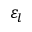
\varepsilon _ { l }